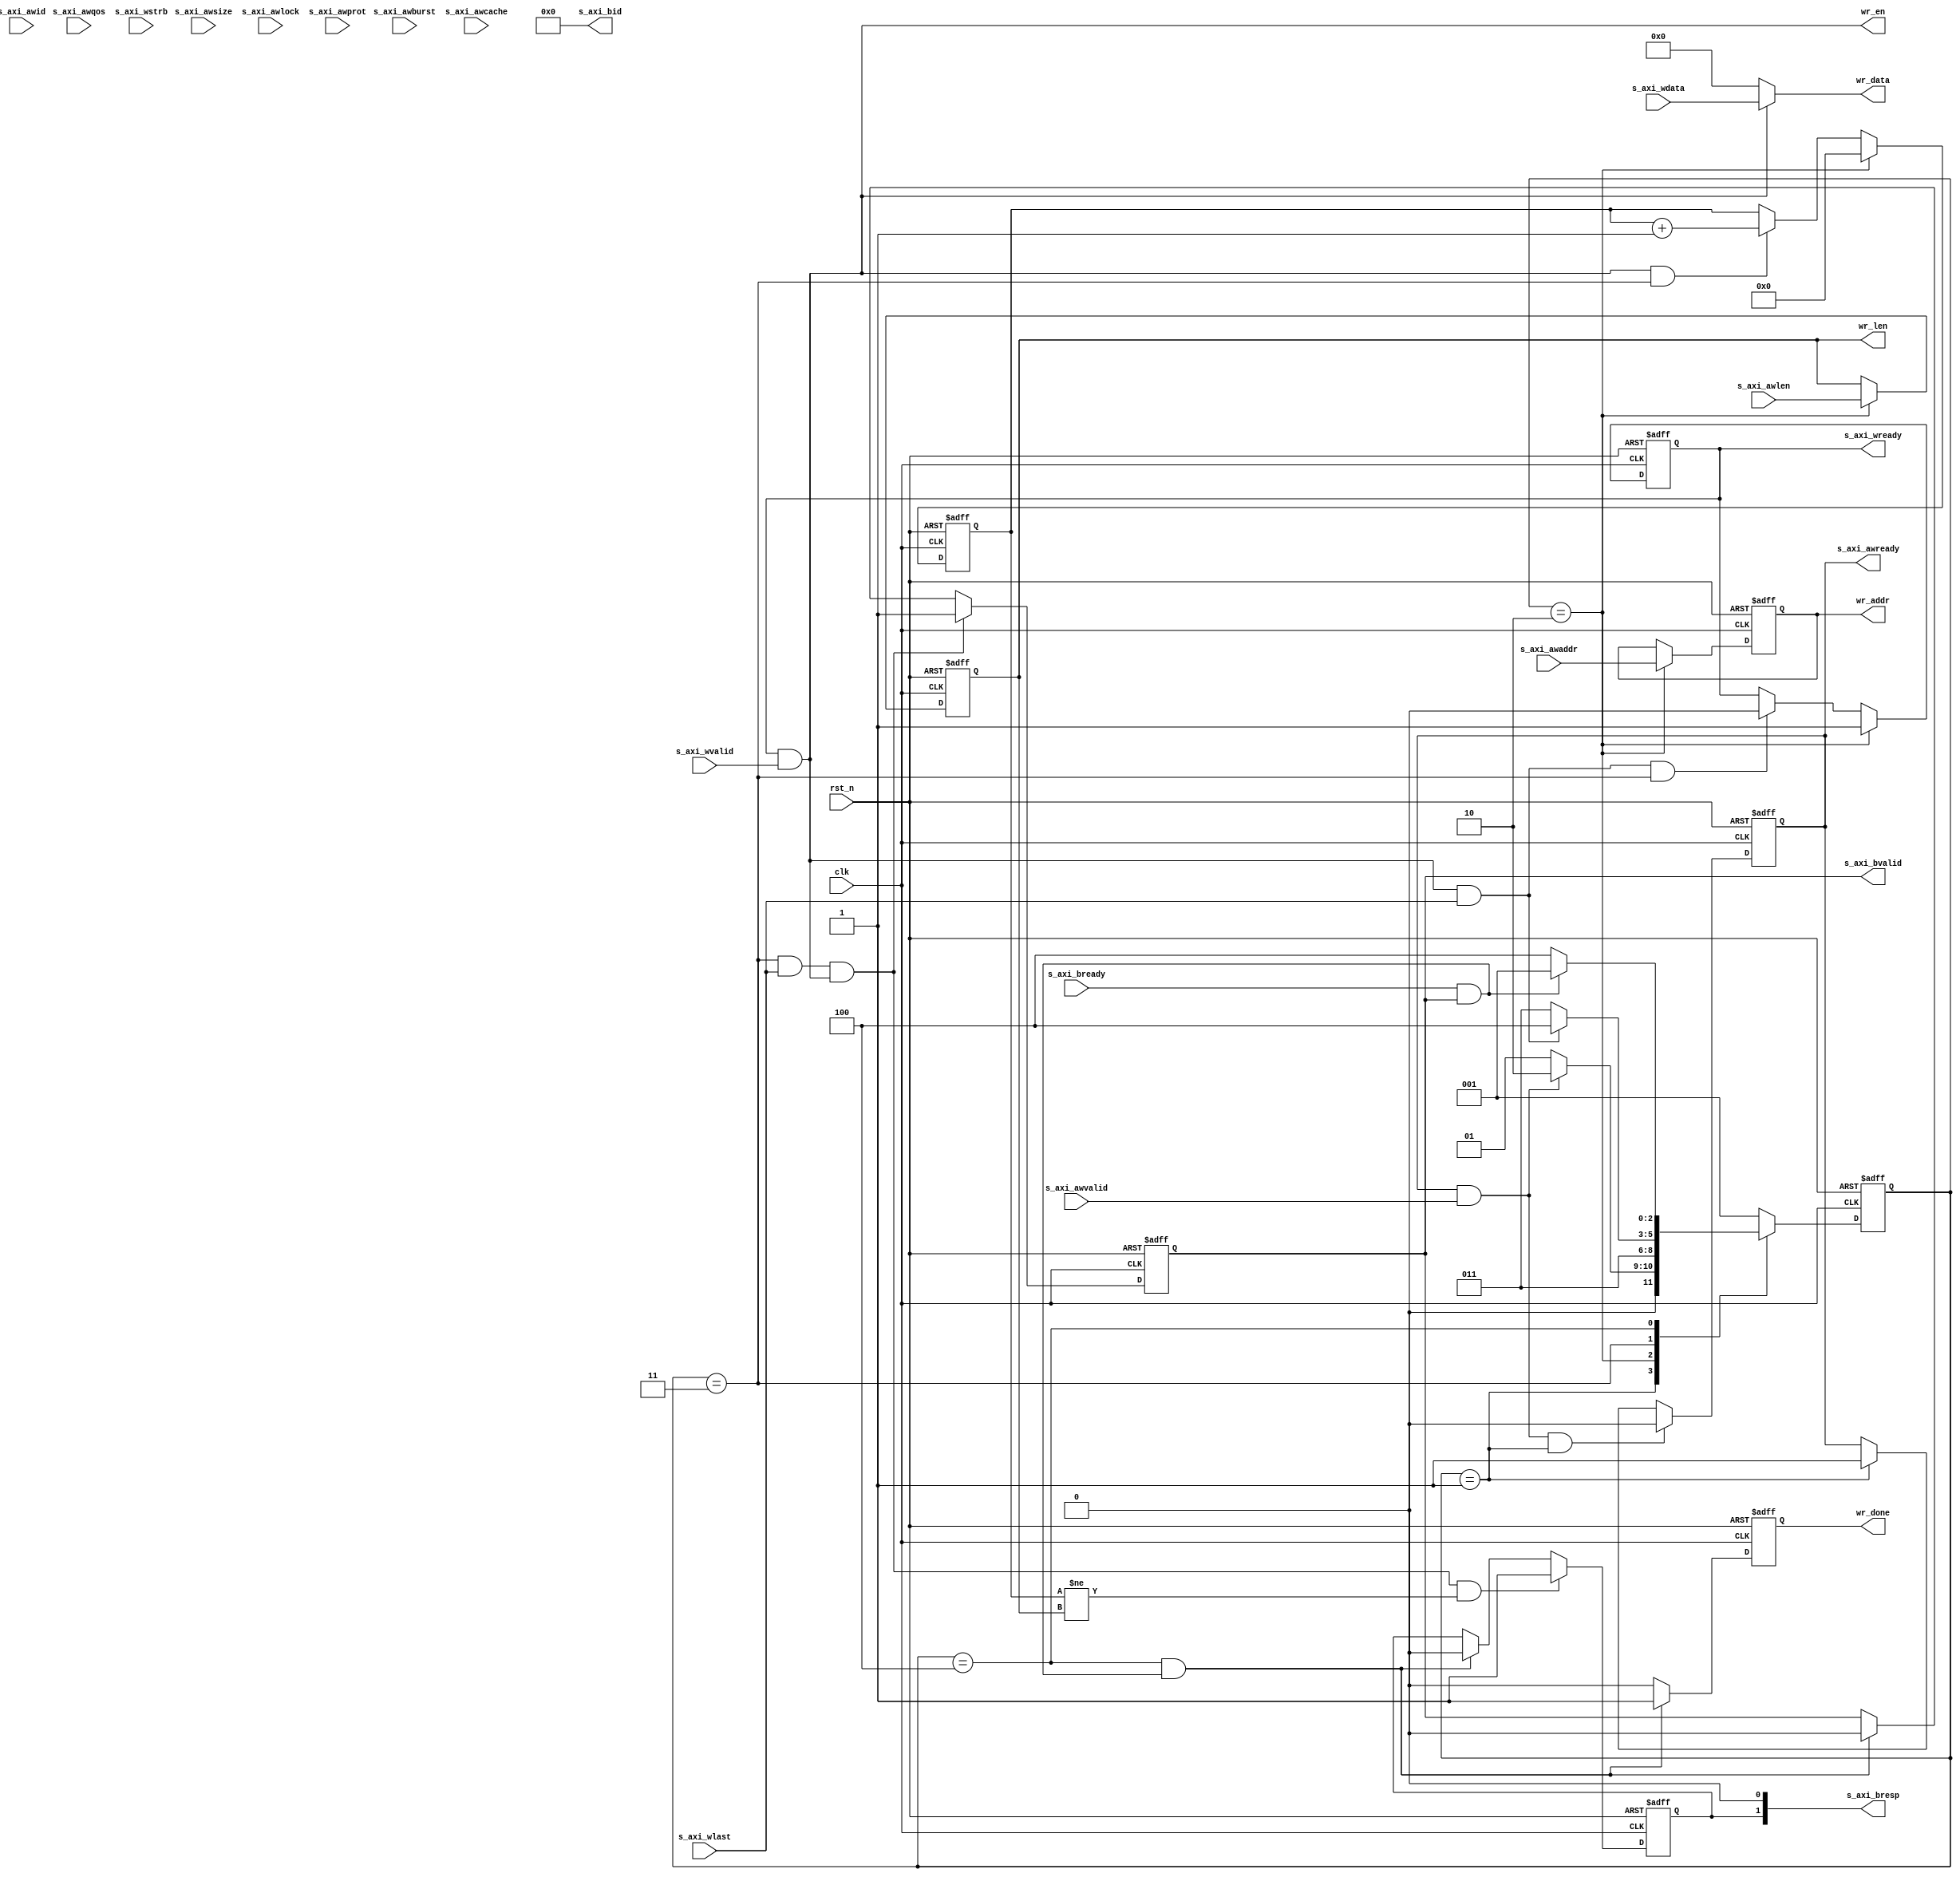
`timescale 1ns / 1ps
//////////////////////////////////////////////////////////////////////////////////
// Module Name: axi_slave_wr
// Description: AXI,AXIAXI
// axi_master_wr
//////////////////////////////////////////////////////////////////////////////////


module axi_slave_wr(
        //
        input   wire        clk             ,
        input   wire        rst_n           ,
        output  reg  [29:0] wr_addr         ,
        output  reg  [7:0]  wr_len          ,
        output  wire [63:0] wr_data         ,
        output  wire        wr_en           , //
        output  reg         wr_done         , //

        //AXI4
        input   wire [3:0]  s_axi_awid      , 
        input   wire [29:0] s_axi_awaddr    ,
        input   wire [7:0]  s_axi_awlen     , //
        input   wire [2:0]  s_axi_awsize    , //(Byte)
        input   wire [1:0]  s_axi_awburst   , //
        input   wire        s_axi_awlock    , 
        input   wire [3:0]  s_axi_awcache   , 
        input   wire [2:0]  s_axi_awprot    ,
        input   wire [3:0]  s_axi_awqos     ,
        input   wire        s_axi_awvalid   , //valid
        output  reg         s_axi_awready   , //ready
        
        //
        input   wire [63:0] s_axi_wdata     , //
        input   wire [7:0]  s_axi_wstrb     , //
        input   wire        s_axi_wlast     , //
        input   wire        s_axi_wvalid    , //
        output  reg         s_axi_wready    , //ready
        
        //
        output  wire [3:0]  s_axi_bid       ,
        output  wire [1:0]  s_axi_bresp     , //,
        output  reg         s_axi_bvalid    , //valid
        input   wire        s_axi_bready      //ready        
    );
    
    //
    parameter   IDLE    =   3'b001  ,  //,
                W_WAIT  =   3'b010  ,  //
                W       =   3'b011  ,  //
                B       =   3'b100  ;  //
    
                
    //
    reg [2:0]   state       ;
    reg [2:0]   next_state  ;
    
    //
    wire        s_axi_aw_handshake  ; //
    wire        s_axi_w_handshake   ; //
    wire        s_axi_b_handshake   ; //
    
    assign  s_axi_aw_handshake = s_axi_awready & s_axi_awvalid  ;
    assign  s_axi_w_handshake  = s_axi_wready  & s_axi_wvalid   ;
    assign  s_axi_b_handshake  = s_axi_bready  & s_axi_bvalid   ;
    
    //, 
    reg     err ;
    
    
    reg [7:0]   cnt_w_burst         ; //
    
    //
    //state
    always@(posedge clk or negedge rst_n) begin
        if(~rst_n) begin
            state <= IDLE;
        end else begin
            state <= next_state;
        end
    end

    //
    //next_state
    always@(*) begin
        case(state) 
            IDLE: begin
                if(s_axi_aw_handshake) begin //
                    next_state = W_WAIT;
                end else begin
                    next_state = IDLE;
                end
            end
            
            W_WAIT: begin
                next_state = W; //W_WAIT
            end
            
            W: begin
                if(s_axi_w_handshake && s_axi_wlast) begin  //wlast
                    next_state = B;
                end else begin
                    next_state = W;
                end
            end
            
            B: begin
                if(s_axi_b_handshake) begin //
                    next_state = IDLE;
                end else begin
                    next_state = B;
                end
            end
            
            default: begin
                next_state = IDLE;
            end
        endcase
    end
    
    //,
    //wr_len, wr_addr
    always@(posedge clk or negedge rst_n) begin
        if(~rst_n) begin
            wr_len  <= 8'd0;
            wr_addr <= 30'b0;
        end else if(state == W_WAIT) begin  //W_WAITwr_lenwr_addr
            wr_len  <= s_axi_awlen;
            wr_addr <= s_axi_awaddr;
        end else begin
            wr_len  <= wr_len;
            wr_addr <= wr_addr;
        end
    end
    
    //ready
    //s_axi_awready
    always@(posedge clk or negedge rst_n) begin
        if(~rst_n) begin
            s_axi_awready <= 1'b1;  //ready,
        end else if(s_axi_aw_handshake && state == IDLE) begin //,ready
            s_axi_awready <= 1'b0;
        end else if(state == IDLE) begin
            s_axi_awready <= 1'b1; //IDLE
        end else begin
            s_axi_awready <= s_axi_awready;
        end
    end
    
    //,
    //cnt_w_burst
    always@(posedge clk or negedge rst_n) begin
        if(~rst_n) begin
            cnt_w_burst <= 8'd0;
        end else if(state == W_WAIT) begin  
            cnt_w_burst <= 8'd0;
        end else if(s_axi_w_handshake && state == W) begin //
            cnt_w_burst <= cnt_w_burst + 8'd1;
        end else begin
            cnt_w_burst <= cnt_w_burst;
        end
    end
    
    //ready
    //s_axi_wready
    always@(posedge clk or negedge rst_n) begin
        if(!rst_n) begin
            s_axi_wready <= 1'b0;
        end else if(state == W_WAIT) begin
            s_axi_wready <= 1'b1;
        end else if(s_axi_w_handshake && s_axi_wlast && state==W) begin //,
            s_axi_wready <= 1'b0;
        end else begin
            s_axi_wready <= s_axi_wready;
        end
    end
    
    //err
    always@(posedge clk or negedge rst_n) begin
        if(~rst_n) begin
            err <= 1'b0;
        end else if(state == W && s_axi_wlast && s_axi_w_handshake && (cnt_w_burst!=wr_len)) begin 
        //,
            err <= 1'b1;
        end else if(state == B && s_axi_b_handshake) begin //
            err <= 1'b0;
        end else begin
            err <= err;
        end  
    end
    
    //valid
    always@(posedge clk or negedge rst_n) begin
        if(~rst_n) begin
            s_axi_bvalid <= 1'b0;
        end else if(state == W && s_axi_wlast && s_axi_w_handshake) begin //
            s_axi_bvalid <= 1'b1;
        end else if(state == B && s_axi_b_handshake) begin //
            s_axi_bvalid <= 1'b0;
        end else begin
            s_axi_bvalid <= s_axi_bvalid;
        end
    end
    
    //s_axi_bresp
    assign s_axi_bresp = {err, 1'b0};
    
    //
    //wr_done
    always@(posedge clk or negedge rst_n) begin
        if(~rst_n) begin
            wr_done <= 1'b0; 
        end else if(state == B && s_axi_b_handshake) begin //
            wr_done <= 1'b1;
        end else begin
            wr_done <= 1'b0;
        end
    end
    
    assign wr_data = (s_axi_w_handshake)?s_axi_wdata:64'b0;  //
    assign wr_en = s_axi_w_handshake;
    assign s_axi_bid = 4'd0;
    
    
endmodule